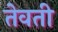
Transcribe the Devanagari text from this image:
तेवती